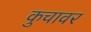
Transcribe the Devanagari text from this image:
कुचावर